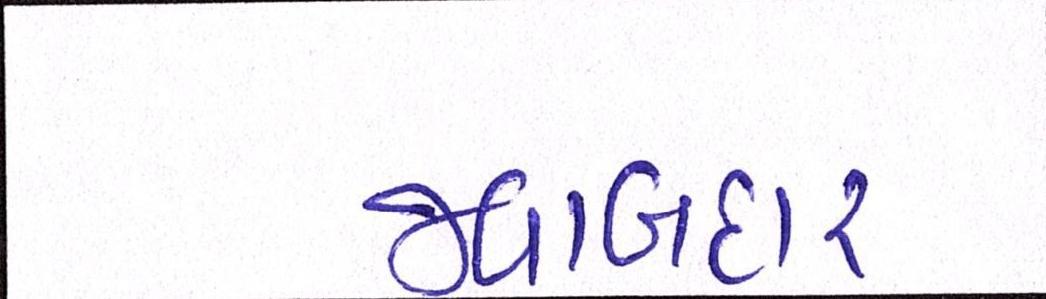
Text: જવાબદાર